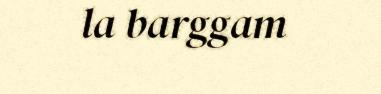
la barggam